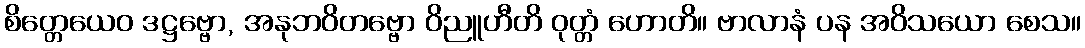
စိတ္တေယေဝ ဒဋ္ဌဗ္ဗော, အနုဘဝိတဗ္ဗော ဝိညူဟီတိ ဝုတ္တံ ဟောတိ။ ဗာလာနံ ပန အဝိသယော စေသ။